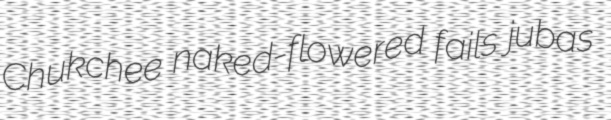
Chukchee naked-flowered fails jubas